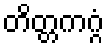
တိတ္တကဂ္ဂံ